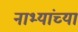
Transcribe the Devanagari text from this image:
नाभ्यांच्या